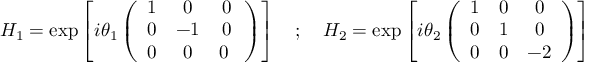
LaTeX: H _ { 1 } = \exp \left[ i \theta _ { 1 } \left( \begin{array} { c c c } { { 1 } } & { { 0 } } & { { 0 } } \\ { { 0 } } & { { - 1 } } & { { 0 } } \\ { { 0 } } & { { 0 } } & { { 0 \ } } \end{array} \right) \right] \quad ; \quad H _ { 2 } = \exp \left[ i \theta _ { 2 } \left( \begin{array} { c c c } { { 1 } } & { { 0 } } & { { 0 } } \\ { { 0 } } & { { 1 } } & { { 0 } } \\ { { 0 } } & { { 0 } } & { { - 2 } } \end{array} \right) \right]